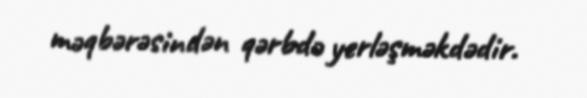
məqbərəsindən qərbdə yerləşməkdədir.